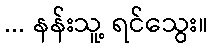
... နန်းသူ့ ရင်သွေး။